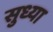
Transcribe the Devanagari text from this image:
सुध्या